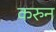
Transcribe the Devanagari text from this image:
करुन